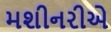
મશીનરીએ